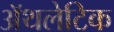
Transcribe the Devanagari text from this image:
अॅथलेटिक